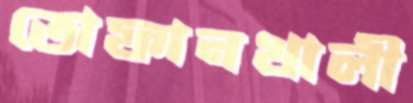
তোফানখালী